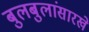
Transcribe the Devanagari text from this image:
बुलबुलांसारखे